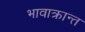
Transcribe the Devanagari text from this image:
भावाक्रान्त